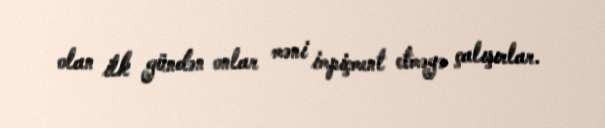
olan ilk gündən onlar məni impiçment etməyə çalışırlar.